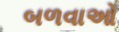
બળવાઓ